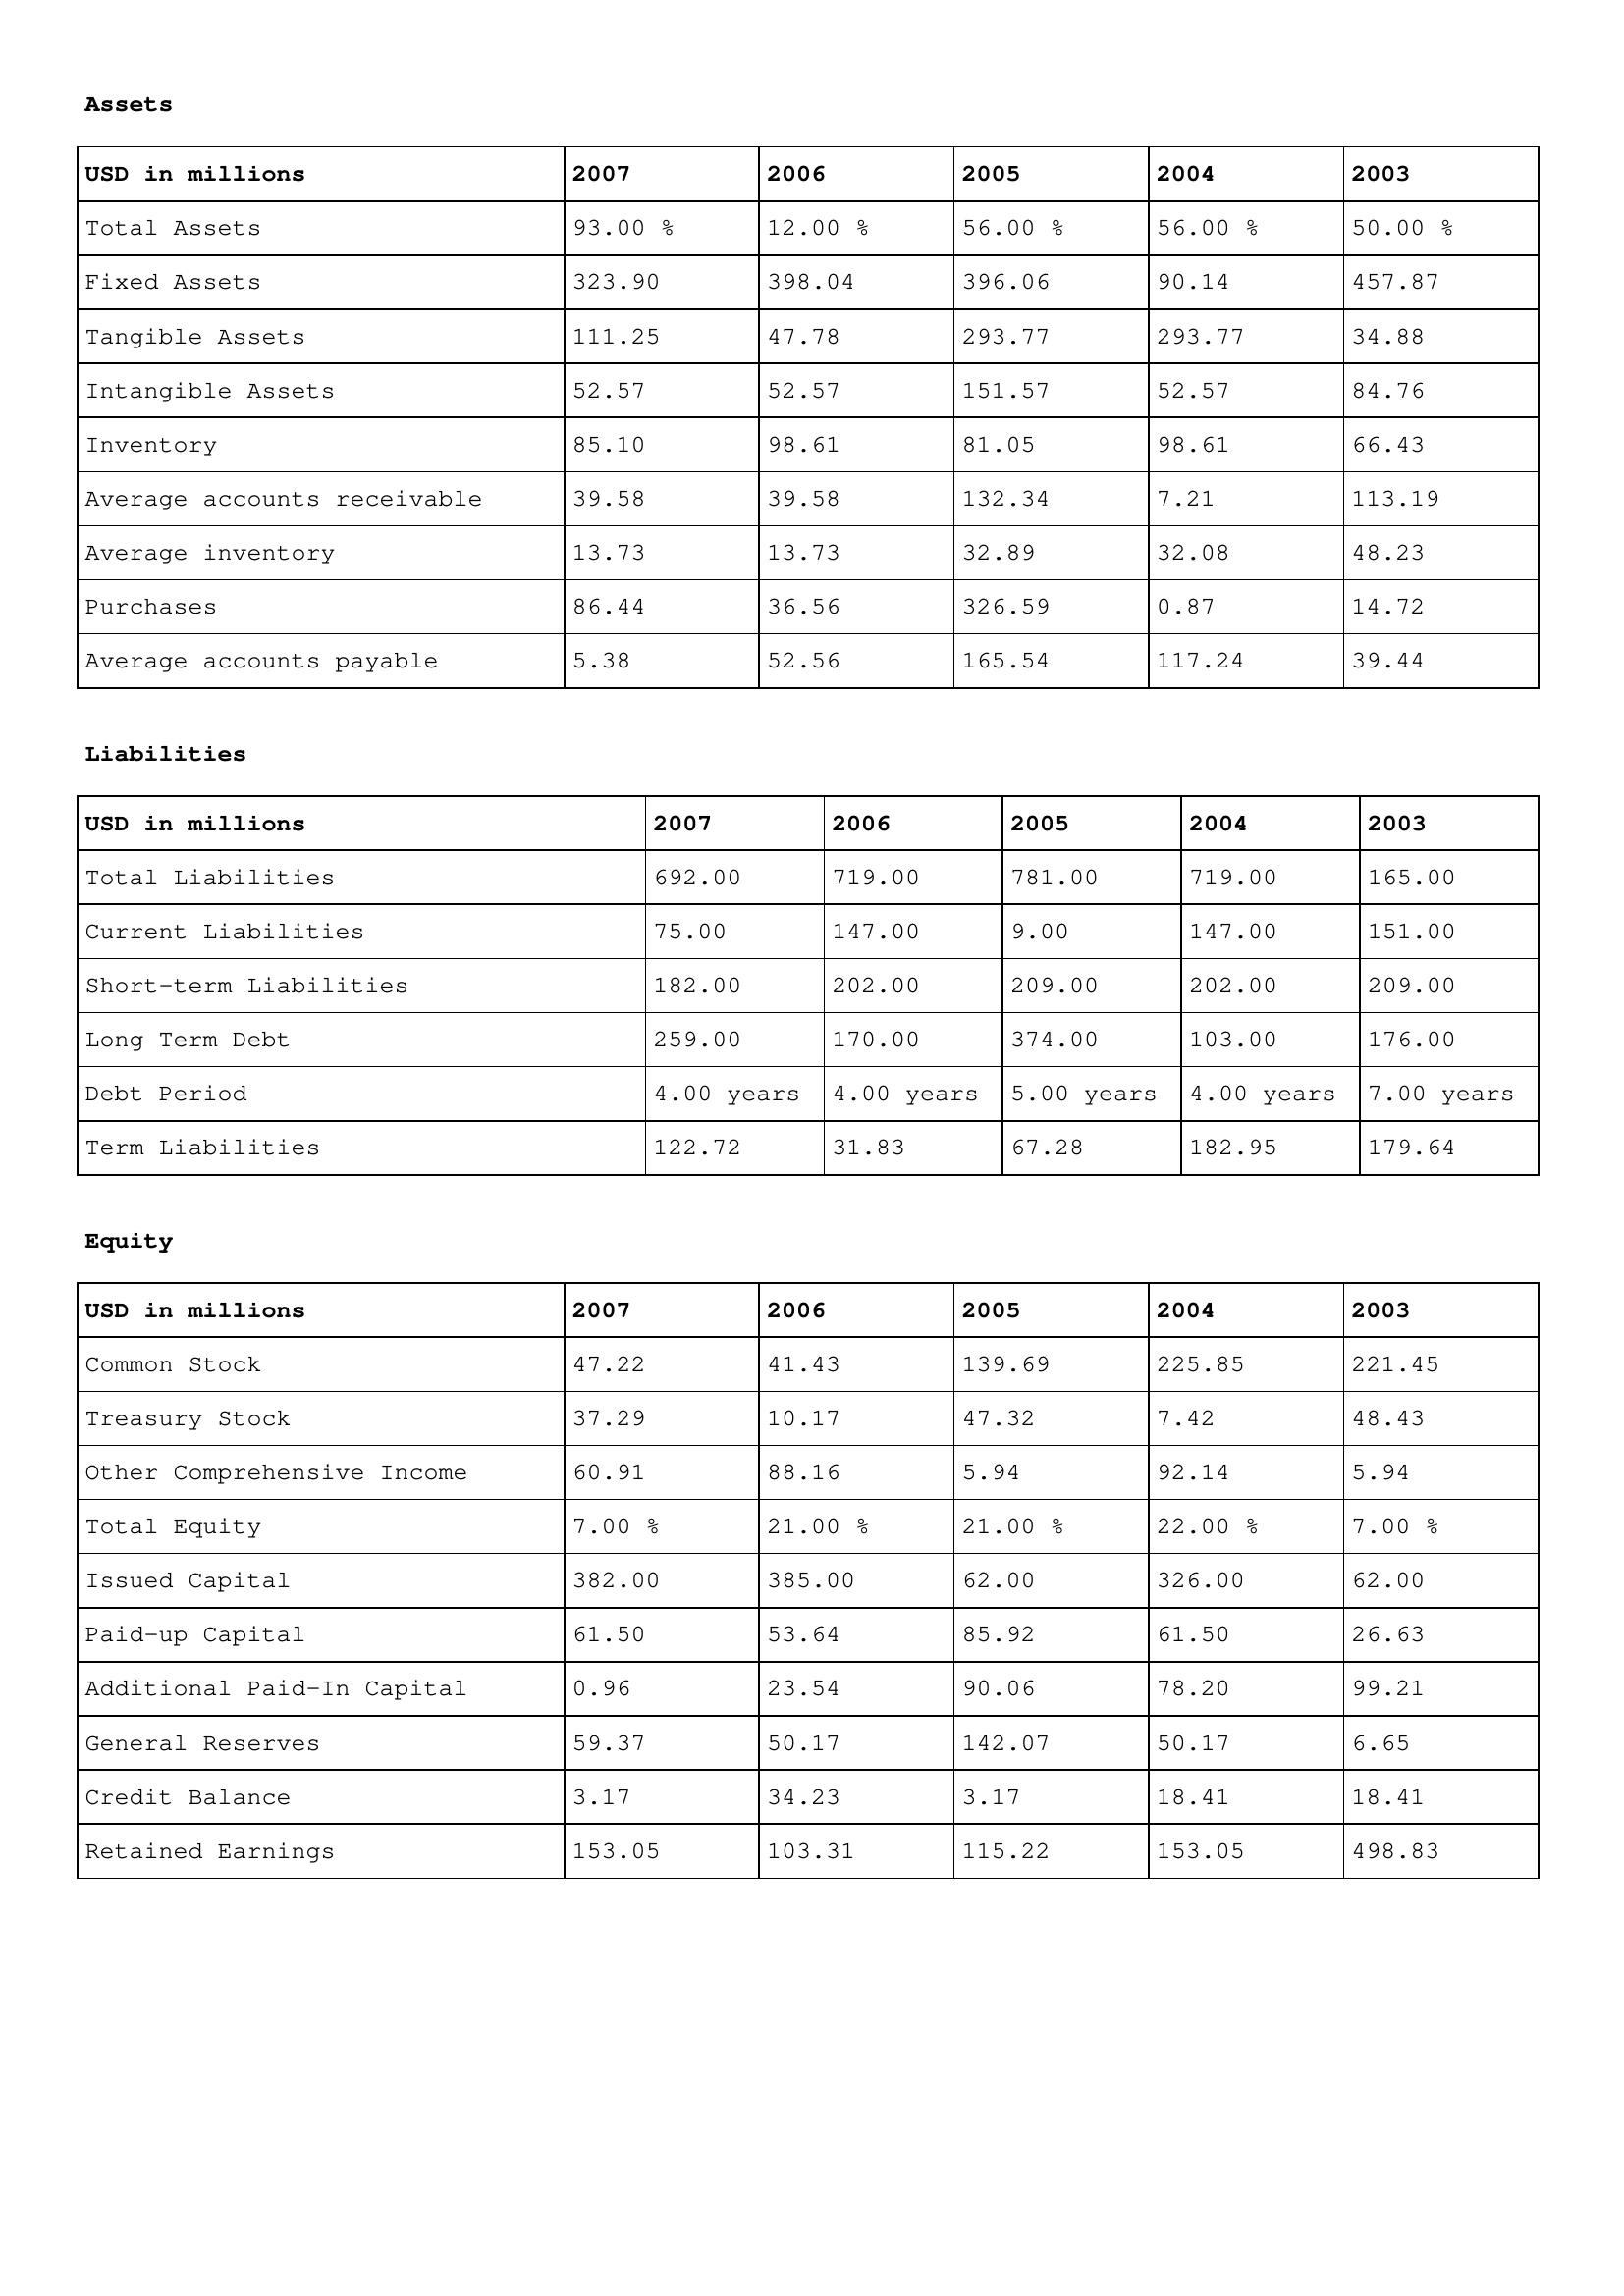
gt_parse: 2007: Assets: Total Assets: 93.00 %
Fixed Assets: 323.90
Tangible Assets: 111.25
Intangible Assets: 52.57
Inventory: 85.10
Average accounts receivable: 39.58
Average inventory: 13.73
Purchases: 86.44
Average accounts payable: 5.38
Liabilities: Total Liabilities: 692.00
Current Liabilities: 75.00
Short-term Liabilities: 182.00
Long Term Debt: 259.00
Debt Period: 4.00 years
Term Liabilities: 122.72
Equity: Common Stock: 47.22
Treasury Stock: 37.29
Other Comprehensive Income: 60.91
Total Equity: 7.00 %
Issued Capital: 382.00
Paid-up Capital: 61.50
Additional Paid-In Capital: 0.96
General Reserves: 59.37
Credit Balance: 3.17
Retained Earnings: 153.05
2006: Assets: Total Assets: 12.00 %
Fixed Assets: 398.04
Tangible Assets: 47.78
Intangible Assets: 52.57
Inventory: 98.61
Average accounts receivable: 39.58
Average inventory: 13.73
Purchases: 36.56
Average accounts payable: 52.56
Liabilities: Total Liabilities: 719.00
Current Liabilities: 147.00
Short-term Liabilities: 202.00
Long Term Debt: 170.00
Debt Period: 4.00 years
Term Liabilities: 31.83
Equity: Common Stock: 41.43
Treasury Stock: 10.17
Other Comprehensive Income: 88.16
Total Equity: 21.00 %
Issued Capital: 385.00
Paid-up Capital: 53.64
Additional Paid-In Capital: 23.54
General Reserves: 50.17
Credit Balance: 34.23
Retained Earnings: 103.31
2005: Assets: Total Assets: 56.00 %
Fixed Assets: 396.06
Tangible Assets: 293.77
Intangible Assets: 151.57
Inventory: 81.05
Average accounts receivable: 132.34
Average inventory: 32.89
Purchases: 326.59
Average accounts payable: 165.54
Liabilities: Total Liabilities: 781.00
Current Liabilities: 9.00
Short-term Liabilities: 209.00
Long Term Debt: 374.00
Debt Period: 5.00 years
Term Liabilities: 67.28
Equity: Common Stock: 139.69
Treasury Stock: 47.32
Other Comprehensive Income: 5.94
Total Equity: 21.00 %
Issued Capital: 62.00
Paid-up Capital: 85.92
Additional Paid-In Capital: 90.06
General Reserves: 142.07
Credit Balance: 3.17
Retained Earnings: 115.22
2004: Assets: Total Assets: 56.00 %
Fixed Assets: 90.14
Tangible Assets: 293.77
Intangible Assets: 52.57
Inventory: 98.61
Average accounts receivable: 7.21
Average inventory: 32.08
Purchases: 0.87
Average accounts payable: 117.24
Liabilities: Total Liabilities: 719.00
Current Liabilities: 147.00
Short-term Liabilities: 202.00
Long Term Debt: 103.00
Debt Period: 4.00 years
Term Liabilities: 182.95
Equity: Common Stock: 225.85
Treasury Stock: 7.42
Other Comprehensive Income: 92.14
Total Equity: 22.00 %
Issued Capital: 326.00
Paid-up Capital: 61.50
Additional Paid-In Capital: 78.20
General Reserves: 50.17
Credit Balance: 18.41
Retained Earnings: 153.05
2003: Assets: Total Assets: 50.00 %
Fixed Assets: 457.87
Tangible Assets: 34.88
Intangible Assets: 84.76
Inventory: 66.43
Average accounts receivable: 113.19
Average inventory: 48.23
Purchases: 14.72
Average accounts payable: 39.44
Liabilities: Total Liabilities: 165.00
Current Liabilities: 151.00
Short-term Liabilities: 209.00
Long Term Debt: 176.00
Debt Period: 7.00 years
Term Liabilities: 179.64
Equity: Common Stock: 221.45
Treasury Stock: 48.43
Other Comprehensive Income: 5.94
Total Equity: 7.00 %
Issued Capital: 62.00
Paid-up Capital: 26.63
Additional Paid-In Capital: 99.21
General Reserves: 6.65
Credit Balance: 18.41
Retained Earnings: 498.83